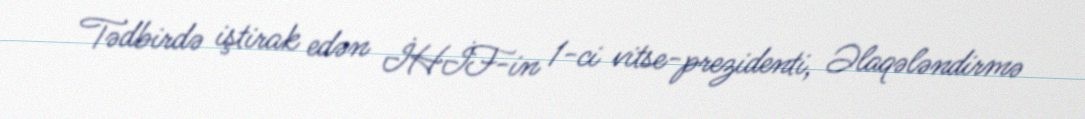
Tədbirdə iştirak edən İHİF-in 1-ci vitse-prezidenti, Əlaqələndirmə